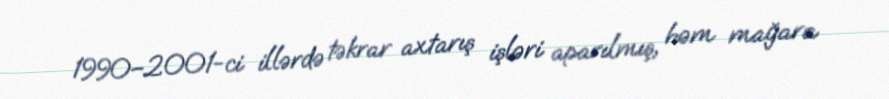
1990–2001-ci illərdə təkrar axtarış işləri aparılmış, həm mağara